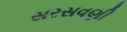
સરસવણી